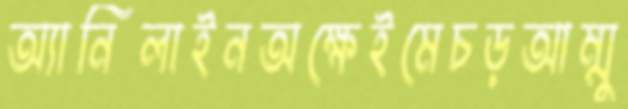
অ্যানিলাইনঅক্ষেইমেচড়আম্মু